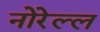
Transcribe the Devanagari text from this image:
नोरेल्ल